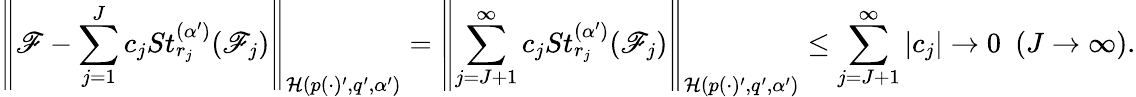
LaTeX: \left\| \mathscr{F}-\sum_{j=1}^{J}c_{j}St_{r_{j}}^{(\alpha^{\prime})}(\mathscr{F}_{j})\right\| _{\mathcal{{H}}(p(\cdot)^{\prime},q^{\prime},\alpha^{\prime})}=\left\| \sum_{j=J+1}^{\infty}c_{j}St_{r_{j}}^{(\alpha^{\prime})}(\mathscr{F}_{j})\right\| _{\mathcal{{H}}(p(\cdot)^{\prime},q^{\prime},\alpha^{\prime})}\le\sum_{j=J+1}^{\infty}|c_{j}|\rightarrow0~~(J\rightarrow\infty).